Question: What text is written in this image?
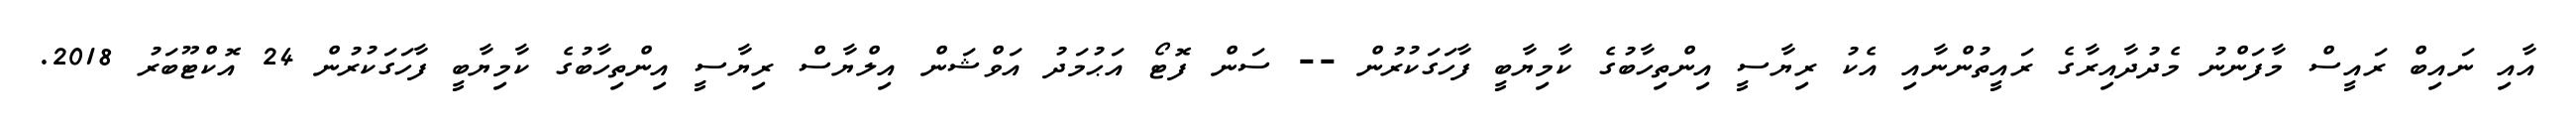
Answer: އާއި ނައިބް ރައީސް މާފަންނު މެދުދާއިރާގެ ރައީތުންނާއި އެކު ރިޔާސީ އިންތިހާބުގެ ކާމިޔާބީ ފާހަގަކުރުން -- ސަން ފޮޓޯ އަޙުމަދު އަވްޝަން އިލްޔާސް ރިޔާސީ އިންތިހާބުގެ ކާމިޔާބީ ފާހަގަކުރުން 24 އޮކްޓޫބަރު 2018.